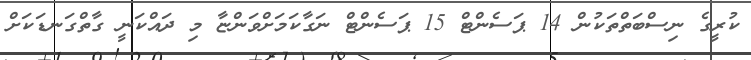
ކުރީގެ ނިސްބަތްތަކުން 14 ޕަސެންޓް 15 ޕަސެންޓް ނަގާކަމަށްވަންޏާ މި ދައްކަނީ ގާތްގަނޑަކަށް